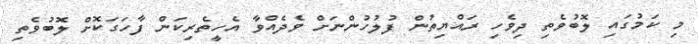
މި ކަމުގައި ލޮބުވެތި ދިވެހި ރައްޔިތުން ފުލުހުންނަށް ވެދެއްވާ އެހީތެރިކަން ފާހަގަކޮށް ލޮބުވެތި